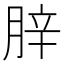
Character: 𦛛